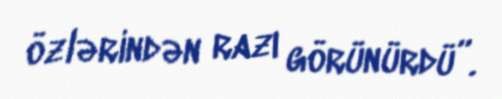
özlərindən razı görünürdü”.